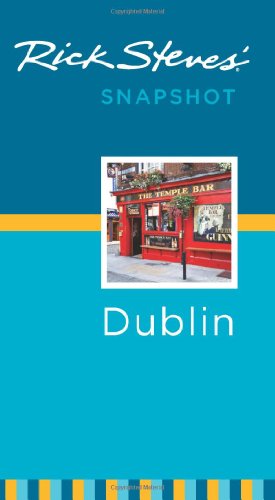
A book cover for Rick Steves' Snapshot Dublin; Rick Steves; Travel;